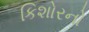
કિશોરનો